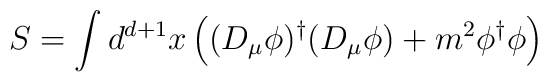
S= \int d^{d+1}x\left((D_\mu\phi)^\dagger(D_\mu\phi)+m^2\phi^\dagger\phi\right)\,